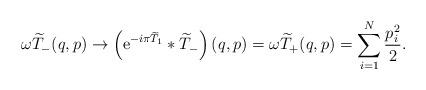
LaTeX: \begin{align*}\omega \widetilde{T}_-(q,p)\rightarrow \left(\mbox{e}^{-i\pi \widetilde{T}_1}\ast \widetilde{T}_-\right)(q,p)= \omega \widetilde{T}_+(q,p)=\sum_{i=1}^N\frac{p_{i}^{2}}{2}. \end{align*}